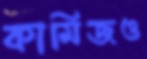
কামিজও